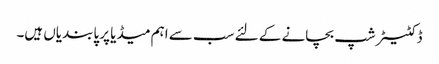
ڈکٹیٹر شپ بچانے کے لئے سب سے اہم میڈیا پر پابندیاں ہیں۔